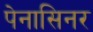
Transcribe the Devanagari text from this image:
पेनासिनर